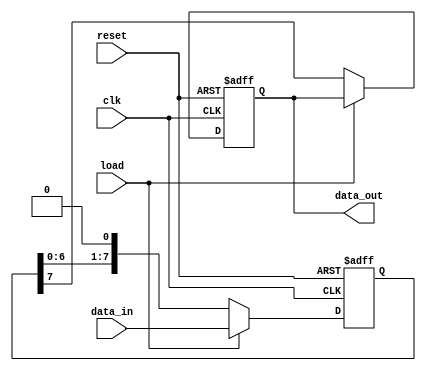
module piso_register #(
    parameter WIDTH = 8  // Parameter to define the width of the data bus
) (
    input wire [WIDTH-1:0] data_in,   // Parallel input data bus
    input wire load,                   // Control signal to load data
    input wire clk,                    // Clock signal
    input wire reset,                  // Asynchronous reset signal
    output reg data_out                // Serial output data line
);

    reg [WIDTH-1:0] shift_reg;         // Internal shift register
    integer i;                          // Loop variable

    always @(posedge clk or posedge reset) begin
        if (reset) begin
            // Asynchronous reset: clear the shift register and output
            shift_reg <= {WIDTH{1'b0}};
            data_out <= 1'b0;
        end else begin
            if (load) begin
                // Load operation: load parallel data into the shift register
                shift_reg <= data_in;
            end else begin
                // Shift operation: shift data out serially
                data_out <= shift_reg[WIDTH-1];  // Output the MSB
                shift_reg <= {shift_reg[WIDTH-2:0], 1'b0}; // Shift left
            end
        end
    end

endmodule